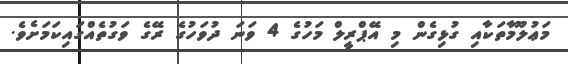
މަޢުލޫމާތަކާއި ގުޅިގެން މި އޭޕްރީލް މަހުގެ 4 ވަނަ ދުވަހުގެ ރޭގެ ވަގުތެއްގައިކަމަށެވެ.